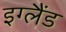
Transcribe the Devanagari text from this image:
इग्‍लैंड